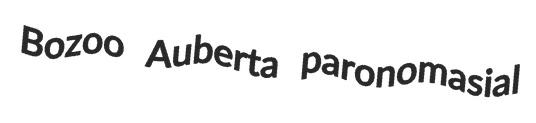
Bozoo Auberta paronomasial